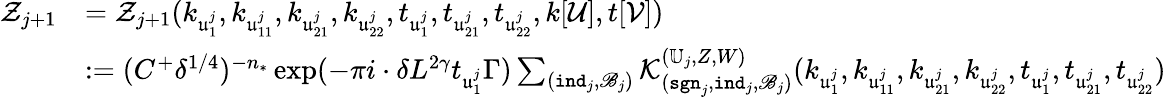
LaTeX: \begin{array}{rl}{\mathcal Z_{j+1}}&{=\mathcal Z_{j+1}(k_{\mathfrak u_{1}^{j}},k_{\mathfrak u_{11}^{j}},k_{\mathfrak u_{21}^{j}},k_{\mathfrak u_{22}^{j}},t_{\mathfrak u_{1}^{j}},t_{\mathfrak u_{21}^{j}},t_{\mathfrak u_{22}^{j}},k[\mathcal U],t[\mathcal V])}\\ &{:=(C^{+}\delta^{1/4})^{-n_{*}}\exp(-\pi i\cdot\delta L^{2\gamma}t_{\mathfrak u_{1}^{j}}\Gamma)\sum_{(\mathtt{ind}_{j},\mathscr B_{j})}\mathcal K_{(\mathtt{sgn}_{j},\mathtt{ind}_{j},\mathscr B_{j})}^{(\mathbb U_{j},Z,W)}(k_{\mathfrak u_{1}^{j}},k_{\mathfrak u_{11}^{j}},k_{\mathfrak u_{21}^{j}},k_{\mathfrak u_{22}^{j}},t_{\mathfrak u_{1}^{j}},t_{\mathfrak u_{21}^{j}},t_{\mathfrak u_{22}^{j}})}\end{array}